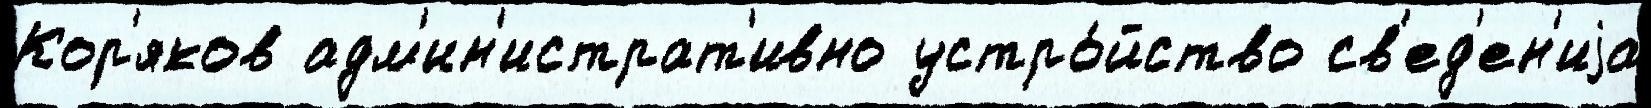
Кор'яков адм'ин'истрат'ивно устро́йство св'ед'ен'иjа